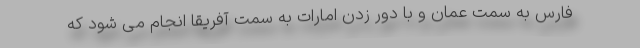
فارس به سمت عمان و با دور زدن امارات به سمت آفریقا انجام می شود که